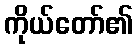
ကိုယ်တော်၏